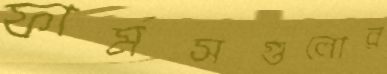
ফার্মসগুলোর